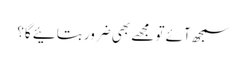
سمجھ آئے تو مجھے بھی ضرور بتائیے گا؟